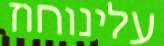
עלינוחוז